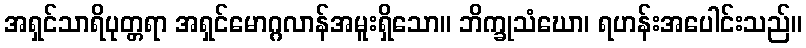
အရှင်သာရိပုတ္တရာ အရှင်မောဂ္ဂလာန်အမူးရှိသော။ ဘိက္ခုသံဃော၊ ရဟန်းအပေါင်းသည်။